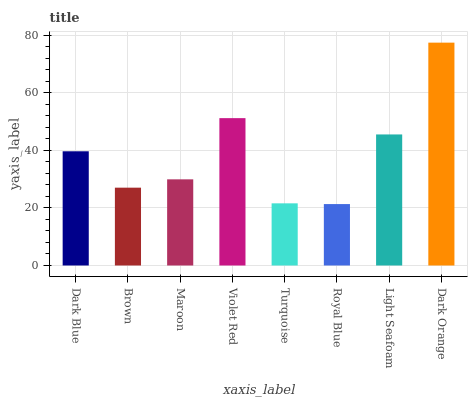
| xaxis_label | bars |
 | --- | --- |
 | Dark Blue | 39.7 |
 | Brown | 27 |
 | Maroon | 29.9 |
 | Violet Red | 51.2 |
 | Turquoise | 21.6 |
 | Royal Blue | 21.3 |
 | Light Seafoam | 45.5 |
 | Dark Orange | 77.5 |